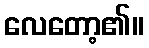
လေတော့၏။